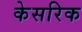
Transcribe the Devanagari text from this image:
केसरिक